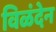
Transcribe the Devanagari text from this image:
विळंदेन